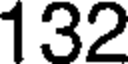
132